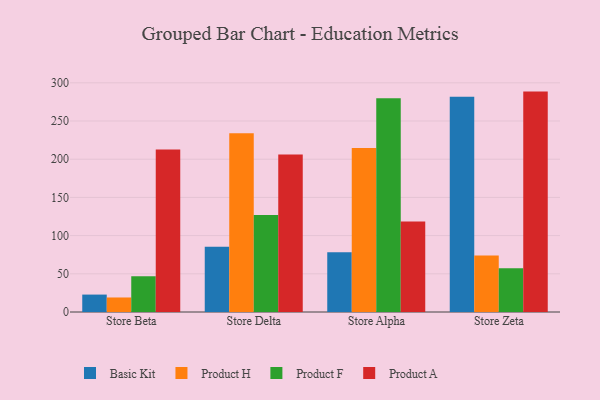
{"axis": {"x": "Store", "y": "Satisfaction Score"}, "legend": ["Basic Kit", "Product A", "Product F", "Product H"], "data": [{"x": "Store Beta", "y": 22.8, "type": "Basic Kit"}, {"x": "Store Beta", "y": 19.0, "type": "Product H"}, {"x": "Store Beta", "y": 46.8, "type": "Product F"}, {"x": "Store Beta", "y": 212.8, "type": "Product A"}, {"x": "Store Delta", "y": 85.3, "type": "Basic Kit"}, {"x": "Store Delta", "y": 234.1, "type": "Product H"}, {"x": "Store Delta", "y": 127.0, "type": "Product F"}, {"x": "Store Delta", "y": 206.1, "type": "Product A"}, {"x": "Store Alpha", "y": 78.3, "type": "Basic Kit"}, {"x": "Store Alpha", "y": 214.6, "type": "Product H"}, {"x": "Store Alpha", "y": 279.8, "type": "Product F"}, {"x": "Store Alpha", "y": 118.3, "type": "Product A"}, {"x": "Store Zeta", "y": 281.9, "type": "Basic Kit"}, {"x": "Store Zeta", "y": 73.8, "type": "Product H"}, {"x": "Store Zeta", "y": 57.4, "type": "Product F"}, {"x": "Store Zeta", "y": 288.5, "type": "Product A"}]}